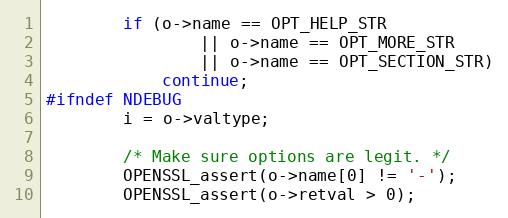
Language: C
        if (o->name == OPT_HELP_STR
                || o->name == OPT_MORE_STR
                || o->name == OPT_SECTION_STR)
            continue;
#ifndef NDEBUG
        i = o->valtype;

        /* Make sure options are legit. */
        OPENSSL_assert(o->name[0] != '-');
        OPENSSL_assert(o->retval > 0);